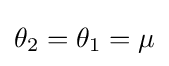
\theta _{2}=\theta _{1}=\mu